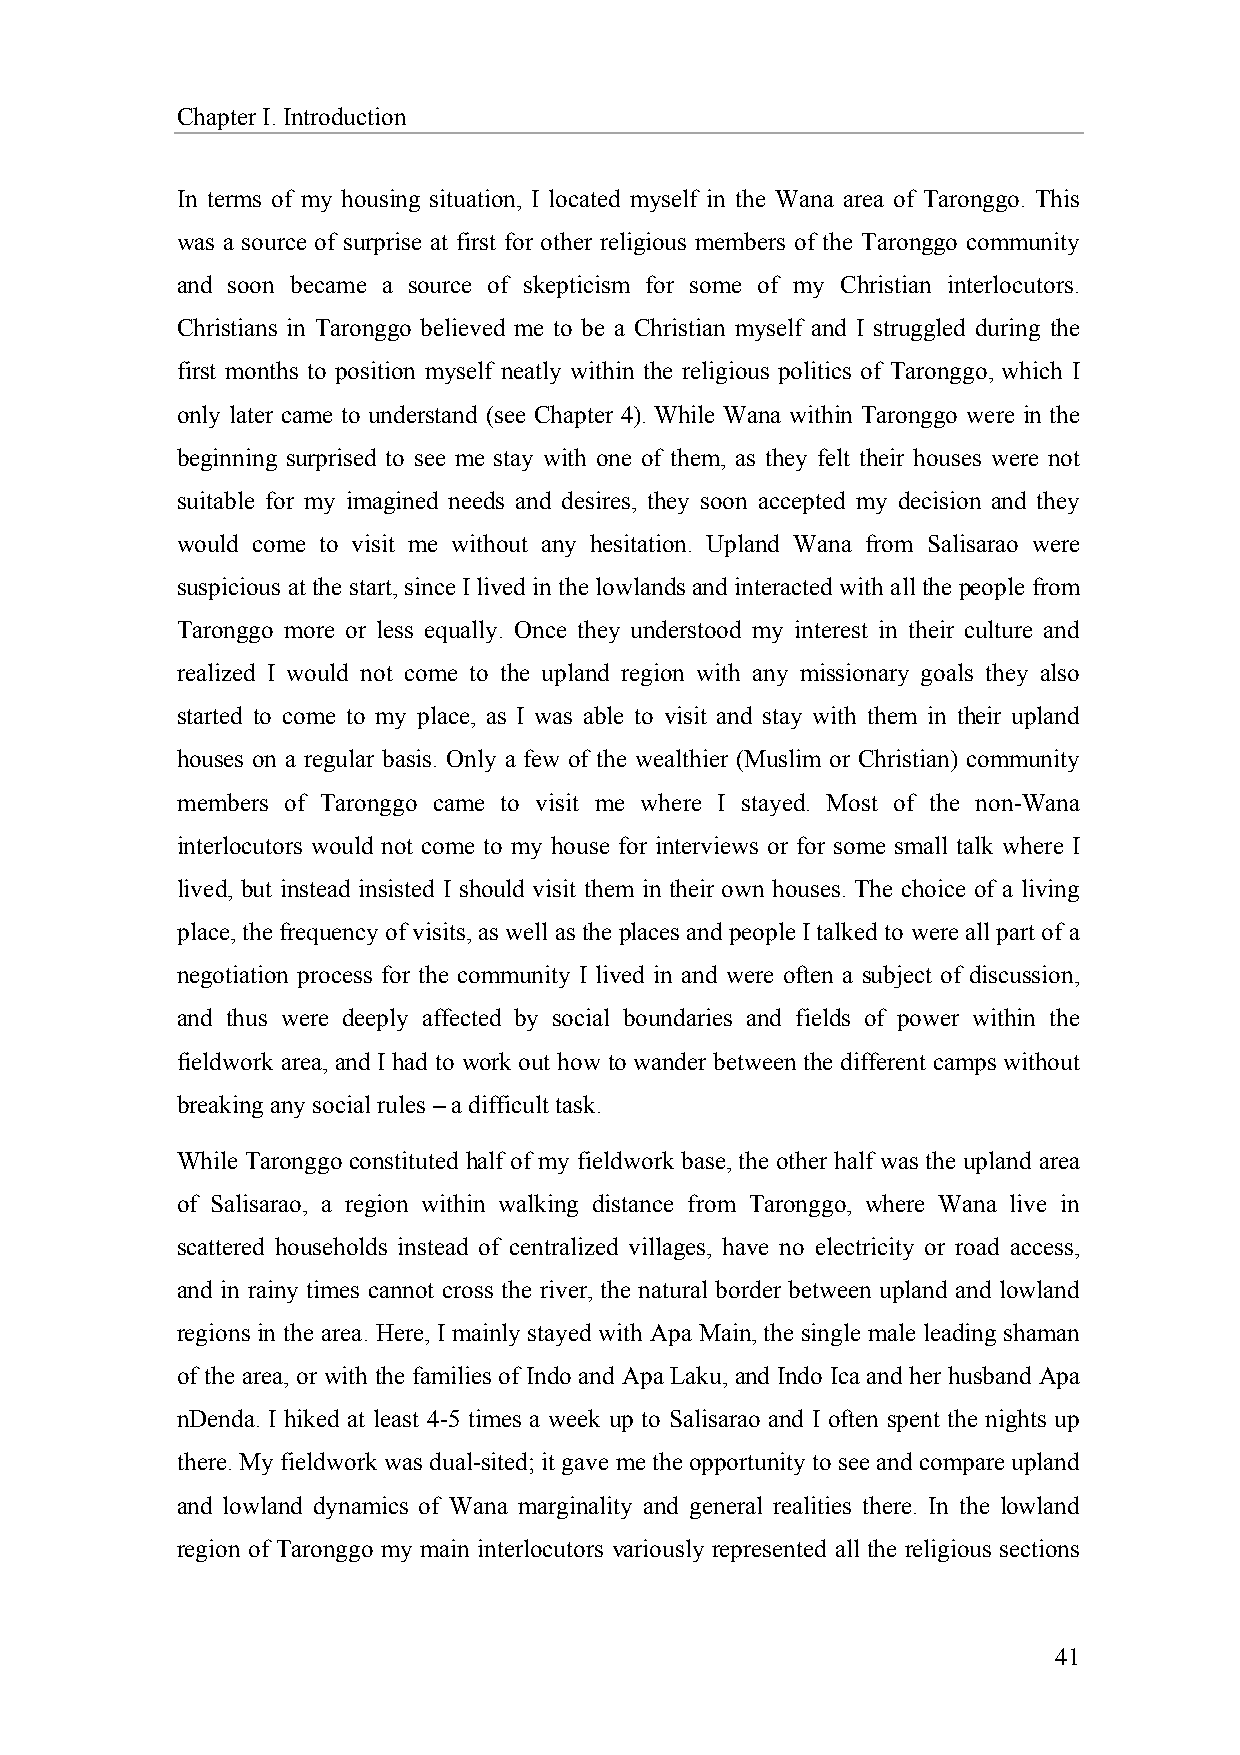
Chapter I. Introduction
 In terms of my housing situation, I located myself in the Wana area of Taronggo. This
 was a source of surprise at first for other religious members of the Taronggo community
 and soon became a source of skepticism for some of my Christian interlocutors.
 Christians in Taronggo believed me to be a Christian myself and I struggled during the
 first months to position myself neatly within the religious politics of Taronggo, which I
 only later came to understand (see Chapter 4). While Wana within Taronggo were in the
 beginning surprised to see me stay with one of them, as they felt their houses were not
 suitable for my imagined needs and desires, they soon accepted my decision and they
 would come to visit me without any hesitation. Upland Wana from Salisarao were
 suspicious at the start, since I lived in the lowlands and interacted with all the people from
 Taronggo more or less equally. Once they understood my interest in their culture and
 realized I would not come to the upland region with any missionary goals they also
 started to come to my place, as I was able to visit and stay with them in their upland
 houses on a regular basis. Only a few of the wealthier (Muslim or Christian) community
 members of Taronggo came to visit me where I stayed. Most of the non-Wana
 interlocutors would not come to my house for interviews or for some small talk where I
 lived, but instead insisted I should visit them in their own houses. The choice of a living
 place, the frequency of visits, as well as the places and people I talked to were all part of a
 negotiation process for the community I lived in and were often a subject of discussion,
 and thus were deeply affected by social boundaries and fields of power within the
 fieldwork area, and I had to work out how to wander between the different camps without
 breaking any social rules – a difficult task.
 While Taronggo constituted half of my fieldwork base, the other half was the upland area
 of Salisarao, a region within walking distance from Taronggo, where Wana live in
 scattered households instead of centralized villages, have no electricity or road access,
 and in rainy times cannot cross the river, the natural border between upland and lowland
 regions in the area. Here, I mainly stayed with Apa Main, the single male leading shaman
 of the area, or with the families of Indo and Apa Laku, and Indo Ica and her husband Apa
 nDenda. I hiked at least 4-5 times a week up to Salisarao and I often spent the nights up
 there. My fieldwork was dual-sited; it gave me the opportunity to see and compare upland
 and lowland dynamics of Wana marginality and general realities there. In the lowland
 region of Taronggo my main interlocutors variously represented all the religious sections
 41